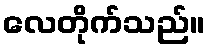
လေတိုက်သည်။